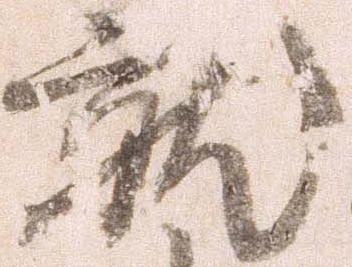
就